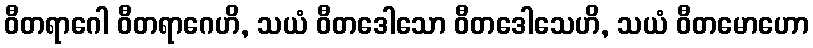
ဝီတရာဂေါ ဝီတရာဂေဟိ, သယံ ဝီတဒေါသော ဝီတဒေါသေဟိ, သယံ ဝီတမောဟော